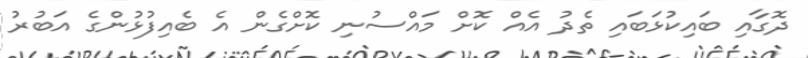
ދޮގާއި ބައިކުޅަބައި ތެދު އެއް ކޮށް މައްސުނި ކޮށްގެން އެ ބެއިފުޅުންގެ އަބުރު